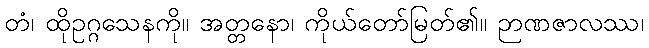
တံ၊ ထိုဥဂ္ဂသေနကို။ အတ္တနော၊ ကိုယ်တော်မြတ်၏။ ဉာဏဇာလဿ၊